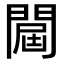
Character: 𨵠